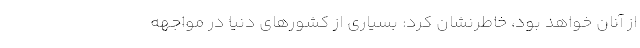
از آنان خواهد بود، خاطرنشان کرد: بسیاری از کشورهای دنیا در مواجهه